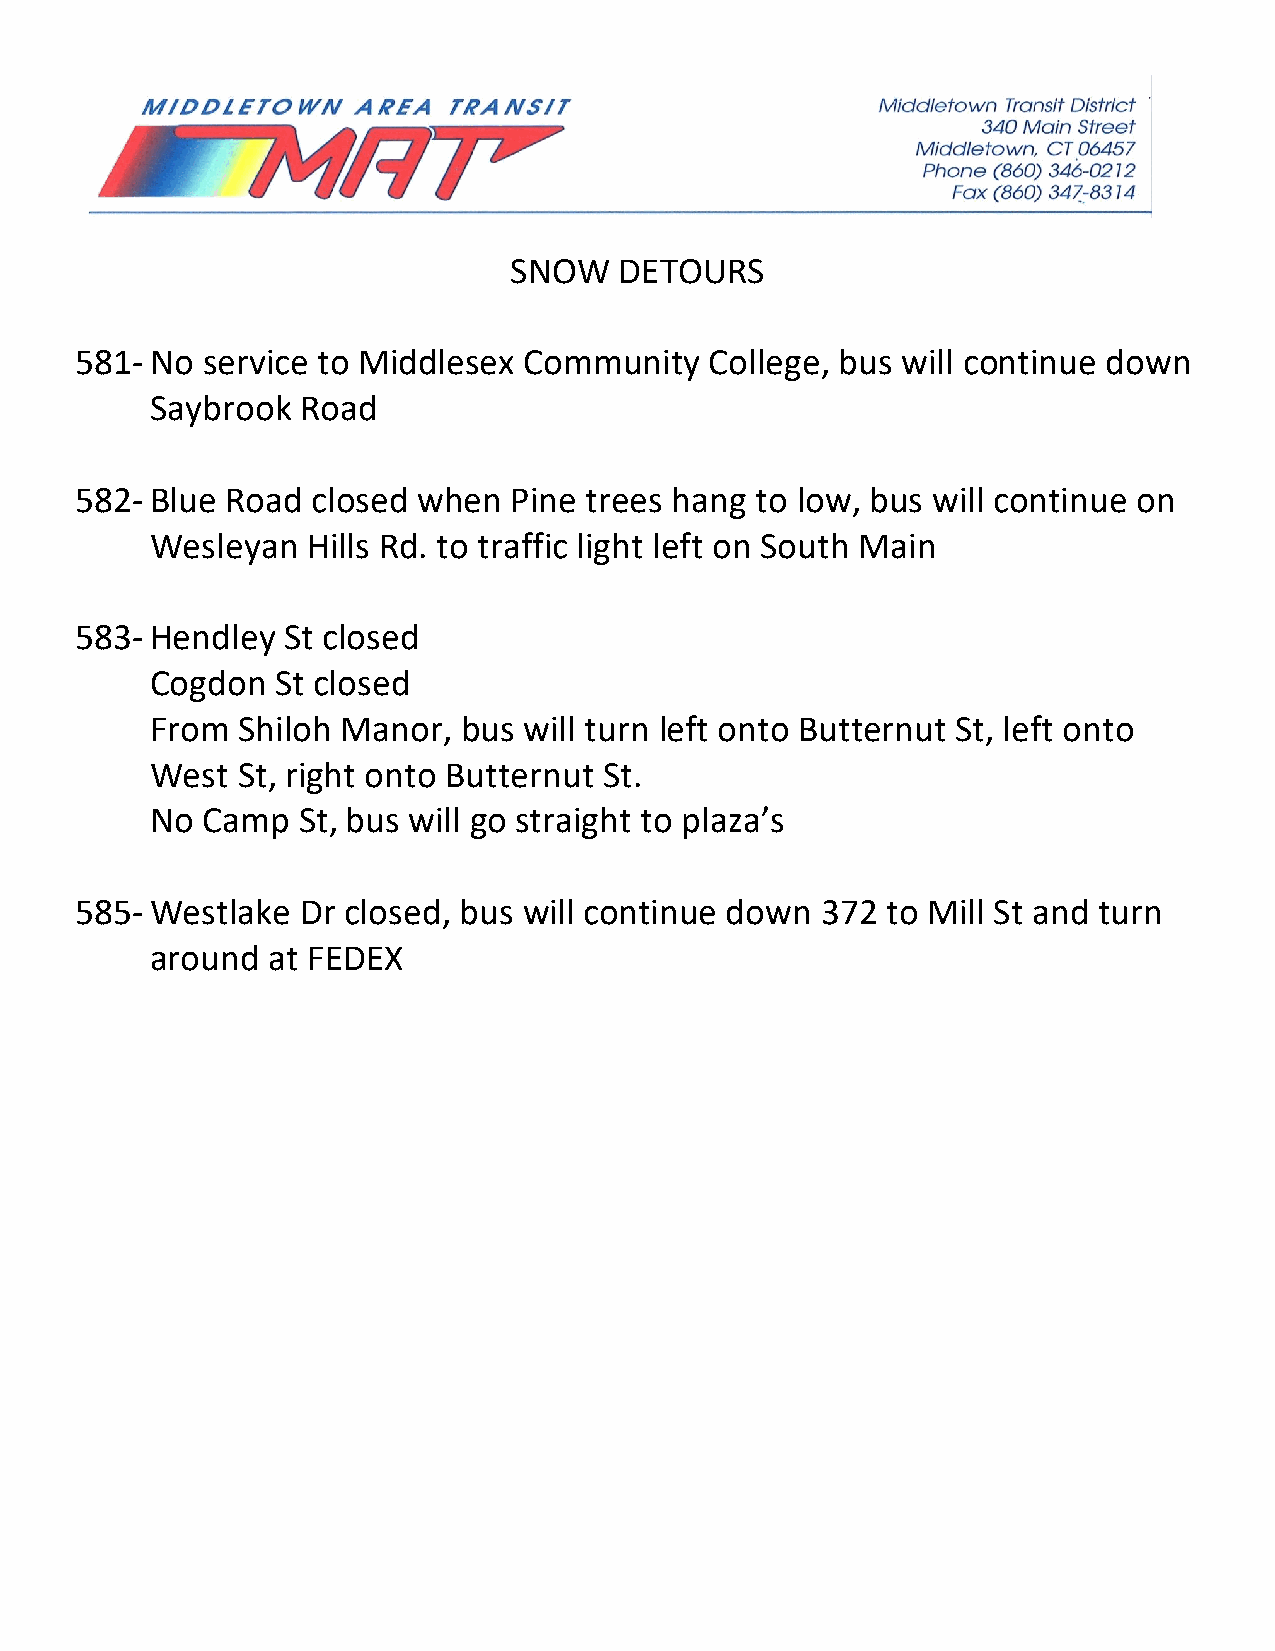
SNOW   DETOURS
 581- No service to Middlesex  Community   College, bus will continue down
 Saybrook  Road
 582- Blue Road  closed when  Pine trees hang to low, bus will continue on
 Wesleyan  Hills Rd. to traffic light left on South Main
 583- Hendley  St closed
 Cogdon  St closed
 From  Shiloh Manor,  bus will turn left onto Butternut St, left onto
 West  St, right onto Butternut St.
 No Camp   St, bus will go straight to plaza’s
 585- Westlake  Dr closed, bus will continue down 372  to Mill St and turn
 around  at FEDEX